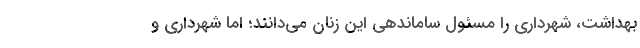
بهداشت، شهرداری را مسئول ساماندهی این زنان می‌دانند؛ اما شهرداری و